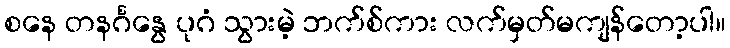
စနေ တနင်္ဂနွေ ပုဂံ သွားမဲ့ ဘက်စ်ကား လက်မှတ်မကျန်တော့ပါ။